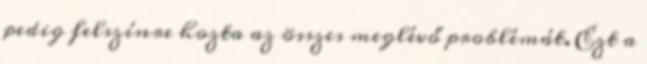
pedig felszínre hozta az összes meglévő problémát. Ezt a